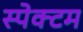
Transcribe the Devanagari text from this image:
स्पेक्टम